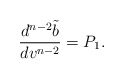
\begin{align*} \frac{d^{n-2}\tilde{b}}{dv^{n-2}}=P_{1}.\end{align*}